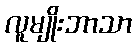
လူမျိုးဘာသာ